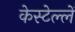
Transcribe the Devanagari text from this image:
केस्टेल्लें